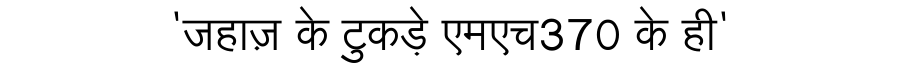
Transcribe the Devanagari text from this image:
'जहाज़ के टुकड़े एमएच370 के ही'